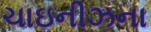
ચાઇનીઝના